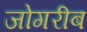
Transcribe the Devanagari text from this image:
जोगरीब